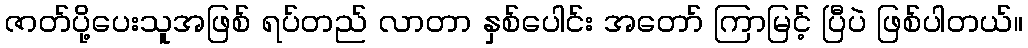
ဇာတ်ပို့ပေးသူအဖြစ် ရပ်တည် လာတာ နှစ်ပေါင်း အတော် ကြာမြင့် ပြီပဲ ဖြစ်ပါတယ်။